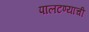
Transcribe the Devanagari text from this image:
पालटण्याची